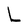
Character: L